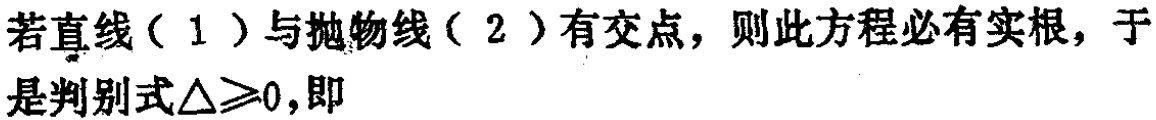
若直线（1）与抛物线（2）有交点，则此方程必有实根，于是判别式$\triangle\geq0$,即